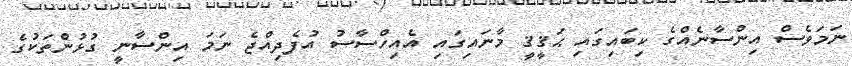
ނަމަވެސް އިންސާނެއްގެ ކިބައިގައި ޙަޤީޤީ މާނައިގައި އެއިހްސާސު އުފެދިއްޖެ ނަމަ އިންސާނީ ގުޅުންތަކުގެ